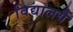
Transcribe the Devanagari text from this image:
विद्यालयैं